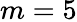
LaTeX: m=5